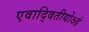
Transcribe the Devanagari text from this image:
एवाद्वितीयोऽहं